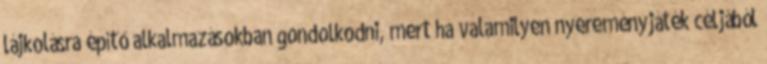
lájkolásra építő alkalmazásokban gondolkodni, mert ha valamilyen nyereményjáték céljából